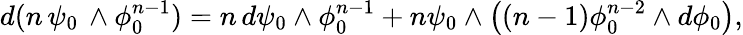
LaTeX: d(n\, \psi_{0}\, \wedge\phi_{0}^{n-1})=n\, d\psi_{0}\wedge\phi_{0}^{n-1}+n\psi_{0}\wedge\left((n-1)\phi_{0}^{n-2}\wedge d\phi_{0}\right),